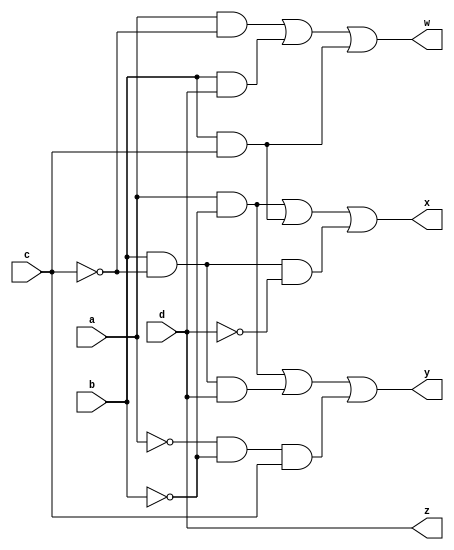
`timescale 1ns / 1ps

/*
Company: Sogang University
Engineer: G_EEE3
Create Date: 2021/10/14 15:40:10
Module Name: bcd_code_converter
*/

module bcd_code_converter(
    input a, b, c, d,
    output w, x, y, z
);
    
assign w = (a & ~c) | (b & d) | (b & c);
assign x = (a & ~b) | (b & c) | (b & ~c & ~d);
assign y = (a & ~b) | (b & ~c & d) | (~a & ~b & c);
assign z = d;
    
endmodule